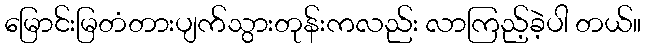
မြောင်းမြတံတားပျက်သွားတုန်းကလည်း လာကြည့်ခဲ့ပါ တယ်။